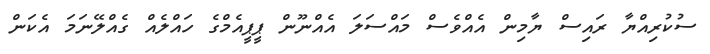
ސުކުރިއްޔާ ރައިސް ޔާމިން އެެއްވެސް މައްސަލަ އެއްނޫން ޕީޕީއެމްގެ ހައްލެއް ގެއްލޭނަމަ އެކަން